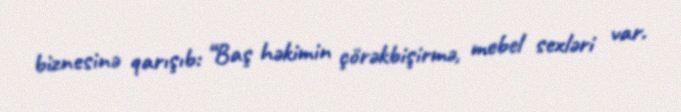
biznesinə qarışıb: “Baş həkimin çörəkbişirmə, mebel sexləri var.